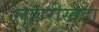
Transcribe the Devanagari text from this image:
लुहारीखेड़ा